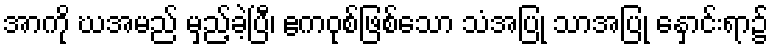
အာကို ဃအမည် မှည့်ခဲ့ပြီ၊ ဧကဝုစ်ဖြစ်သော သံအပြု သာအပြု နှောင်းရာ၌